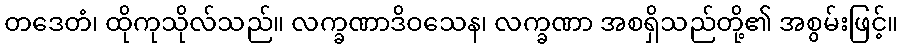
တဒေတံ၊ ထိုကုသိုလ်သည်။ လက္ခဏာဒိဝသေန၊ လက္ခဏာ အစရှိသည်တို့၏ အစွမ်းဖြင့်။